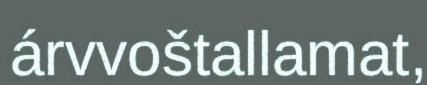
árvvoštallamat,